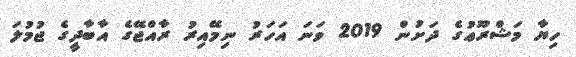
ހިޔާ މަޝްރޫޢުގެ ދަށުން 2019 ވަނަ އަހަރު ނިމޭއިރު ރާއްޖޭގެ އާބާދީގެ ޖުމުލަ